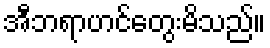
အီဘရာဟင်တွေးမိသည်။